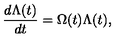
\frac { d \Lambda ( t ) } { d t } = \Omega ( t ) \Lambda ( t ) ,